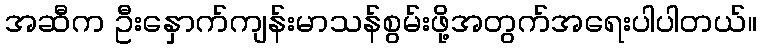
အဆီက ဦးနှောက်ကျန်းမာသန်စွမ်းဖို့အတွက်အရေးပါပါတယ်။